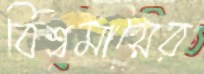
বিশ্বমায়ের